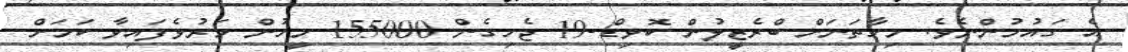
އެ ގައުމުންނެވެ. މިހާތަނަށް ބްރެޒީލުން ކޮވިޑް-19 ޖެހިގެން 155000 މީހުން މަރުވެފައިވާ ކަމަށް